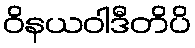
ဝိနယဝါဒီတိပိ